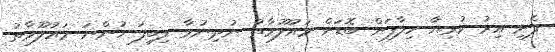
ފެށި އިރު ކުރިޔާ ހިލާފަށް ބޮޑަށް މައުލޫމާތު ނުދިނުމާ ލިބިފަ ހުންނަ މައުލޫމާތު